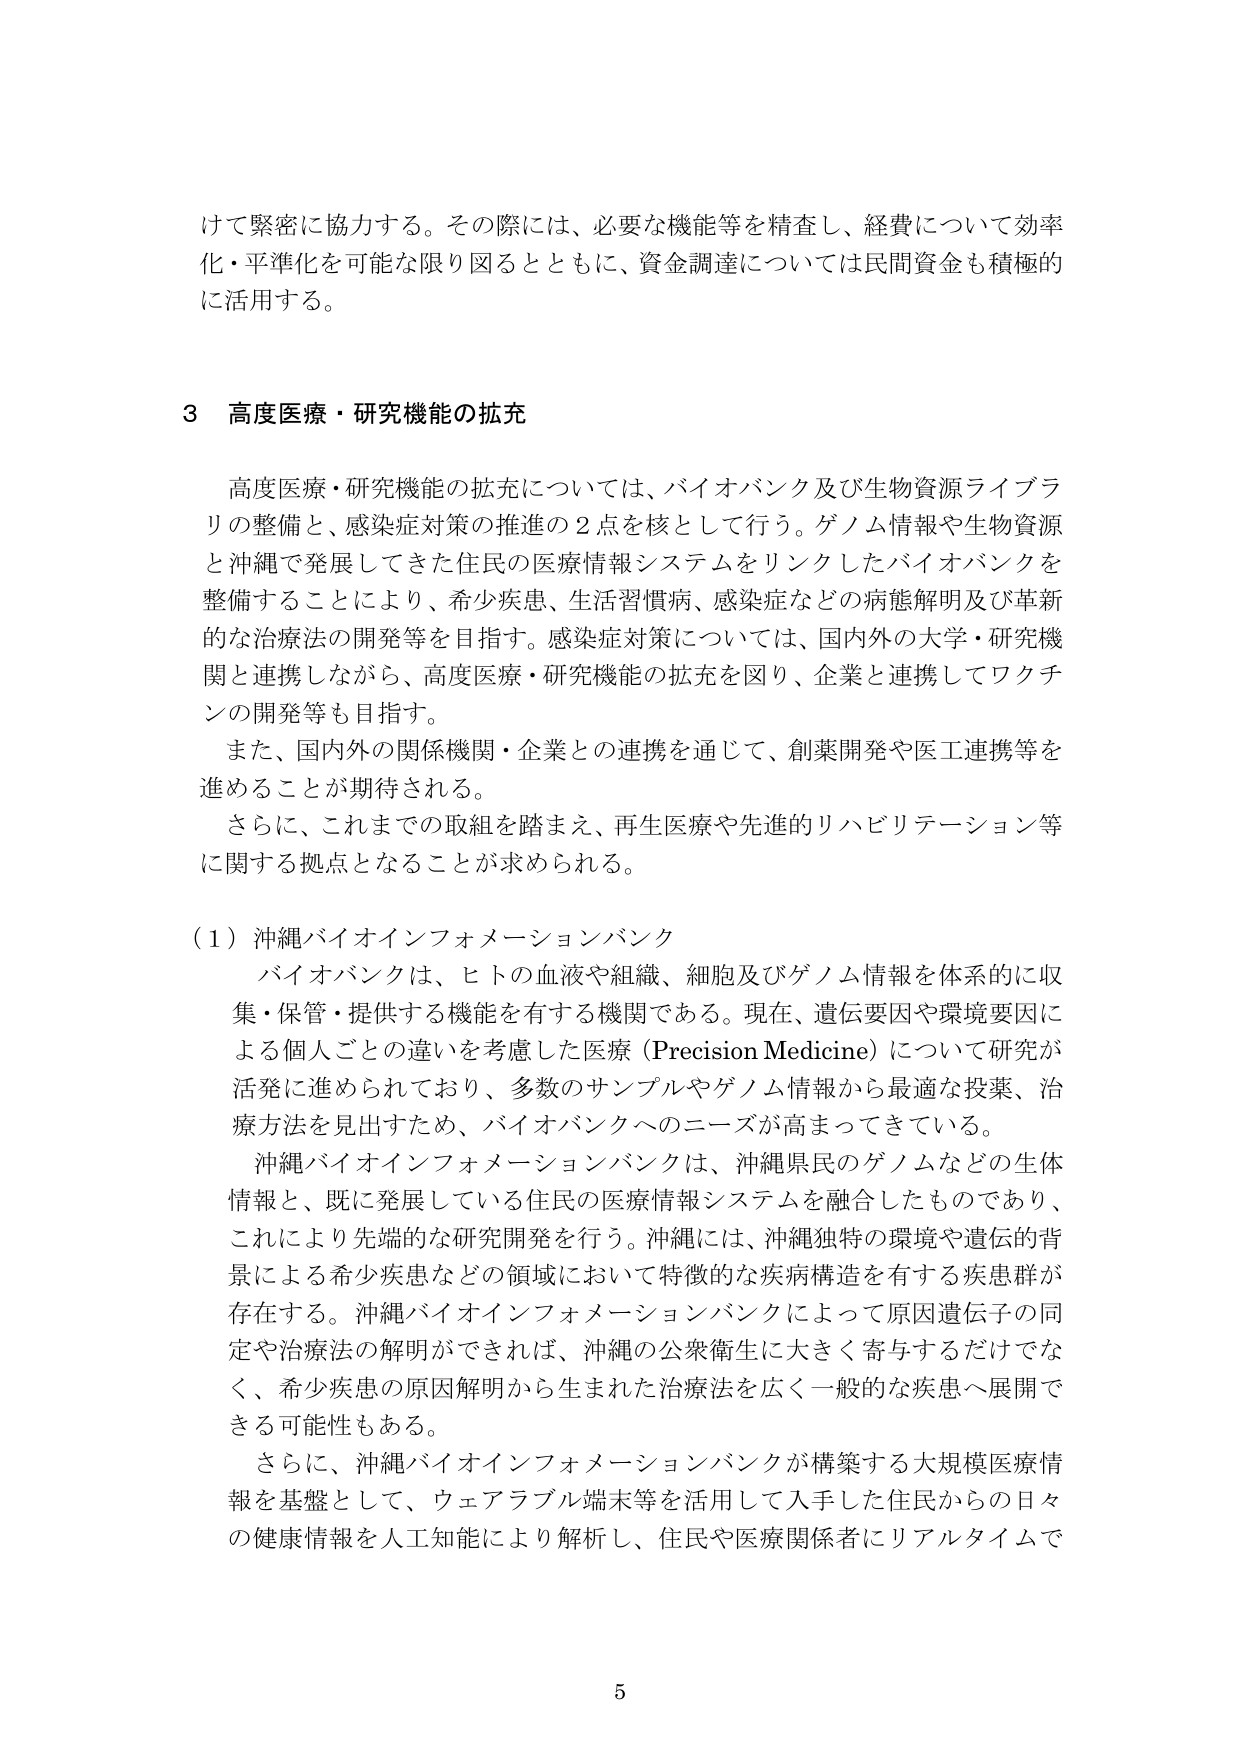
けて緊密に協力する。その際には、必要な機能等を精査し、経費について効率化・平準化を可能な限り図るとともに、資金調達については民間資金も積極的に活用する。

3 高度医療・研究機能の拡充

高度医療・研究機能の拡充については、バイオバンク及び生物資源ライブラリの整備と、感染症対策の推進の2点を核として行う。ゲノム情報や生物資源と沖縄で発展してきた住民の医療情報システムをリンクしたバイオバンクを整備することにより、希少疾患、生活習慣病、感染症などの病態解明及び革新的な治療法の開発等を目指す。感染症対策については、国内外の大学・研究機関と連携しながら、高度医療・研究機能の拡充を図り、企業と連携してワクチンの開発等も目指す。

また、国内外の関係機関・企業との連携を通じて、創薬開発や医工連携等を進めることが期待される。

さらに、これまでの取組を踏まえ、再生医療や先進的リハビリテーション等に関する拠点となることが求められる。

（1）沖縄バイオインフォメーションバンク

バイオバンクは、ヒトの血液や組織、細胞及びゲノム情報を体系的に収集・保管・提供する機能を有する機関である。現在、遺伝要因や環境要因による個人ごとの違いを考慮した医療（Precision Medicine）について研究が活発に進められており、多数のサンプルやゲノム情報から最適な投薬、治療方法を見出すため、バイオバンクへのニーズが高まってきている。

沖縄バイオインフォメーションバンクは、沖縄県民のゲノムなどの生体情報と、既に発展している住民の医療情報システムを融合したものであり、これにより先端的な研究開発を行う。沖縄には、沖縄独特の環境や遺伝的背景による希少疾患などの領域において特徴的な疾病構造を有する疾患群が存在する。沖縄バイオインフォメーションバンクによって原因遺伝子の同定や治療法の解明ができれば、沖縄の公衆衛生に大きく寄与するだけでなく、希少疾患の原因解明から生まれた治療法を広く一般的な疾患へ展開できる可能性もある。

さらに、沖縄バイオインフォメーションバンクが構築する大規模医療情報を基盤として、ウェアラブル端末等を活用して入手した住民からの日々の健康情報を人工知能により解析し、住民や医療関係者にリアルタイムで

5